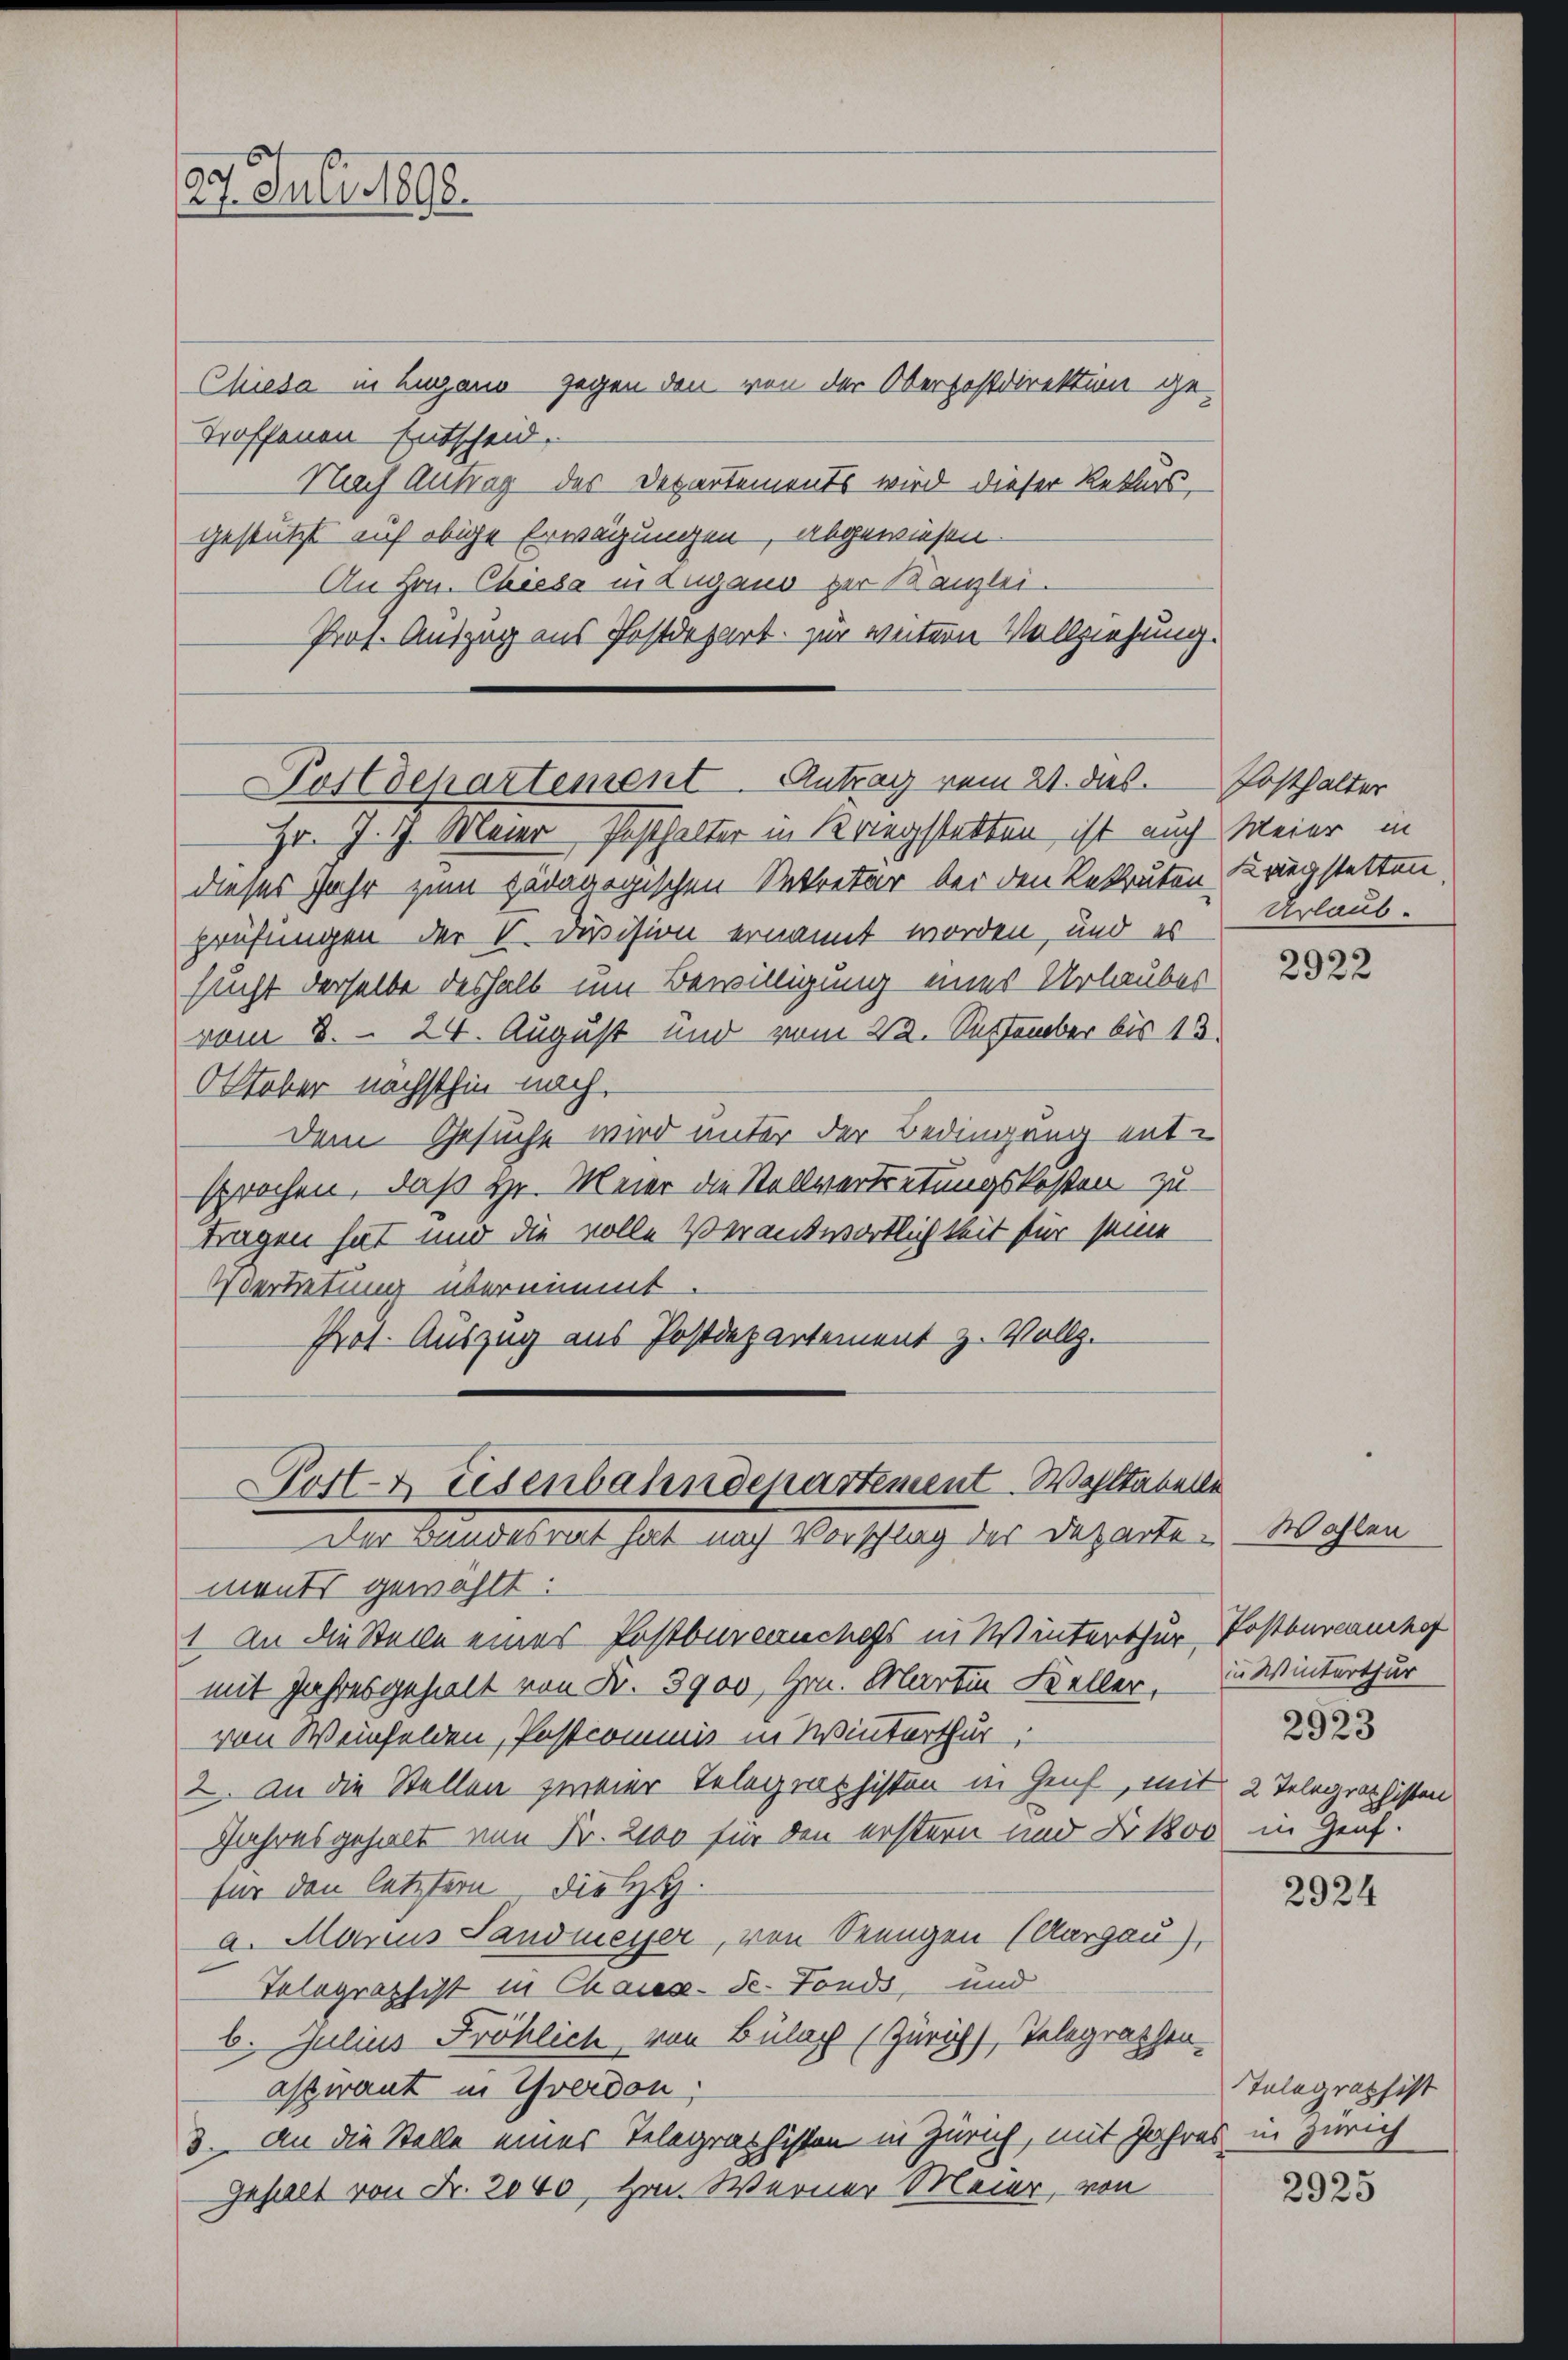
27. Juli 1890.

Chiesa in Lugano gegen den von der Oberpostdirektion ge-
troffenen Entscheid.
Nach Antrag des Departements wird dieser Rekurs,
gestützt auch obige Erwägungen, abgewiesen.
An Hrn. Chiesa in Lugano zur Kanzlei.
Prof. Auszug aus Postdepart zur weitern Vollziehung.

Postdepartement. Antrag vom 21. das Posthalter

Hr. J. 17. Meier Posthalter in Kriegstatten ist auch Meier in
dieses Jahr zum pädagogischen Sekretär bei den Rekruten Kriegstetten,
prüfungen der V. Division ernannt worden, und es
sucht derselbe deshalb um Bewilligung eines Urlaubes
vom 8. – 24. August und vom 22. September bis 13
Oktober nächsthin nach,
Dem Gesuche wird unter der Bedingung ent-
sprochen, daß Hr. Meier die Stellvertretungskosten zu-
tragen hat und die volle Verantwortlichkeit für seine
Vertretung übernimmt.
Prot. Auszug aus Postdepartement z. Vollz.

ments gewählt:
1. An die Stelle einer Postbarcanches in Winterthur Postburcamen
mit Jahresgehielt von Fr. 3900, Hrn. Martin Keller. In Winterthur
von Weinfelden, Postcommis in Winterthur,
2. an die Stellen zweier Telegraphisten in Genf, mit 2 Telegraphisten
Jahresgehalt von Fr. 2100 für den erstern und Fr. 1800 in Genf.
für den letztern, die H.
a. Marius Sandmeyer, von Seengen (Aargau),
Telegraphist in Chaux-de-Fonds, und
6. Julius Fröhlich, von Bülach (Zürich), Telegraphen-
aspirant in Yverdon
3. An die Stelle eines Telegraphisten in Zürich, mit Jahres in Zürich
Gehalt von Fr. 2040, Hr. Werner Meier, von

Pott. Eisenbahndepartement. Wohltabelle
Der Bundesrat hat nach Vorschlag der Departe Wahlen

Urlaub.

2922

2923

2924

Telegraphist

2925